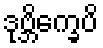
ဒုဗ္ဘိက္ခေပိ